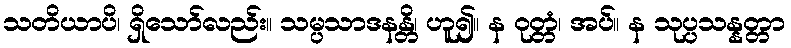
သတိယာပိ၊ ရှိသော်လည်း။ သမ္ပသာဒနန္တိ၊ ဟူ၍။ န ဝုတ္တံ၊ အပ်။ န သုပ္ပသန္နတ္တာ